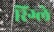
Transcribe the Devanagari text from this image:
रिंग्ले